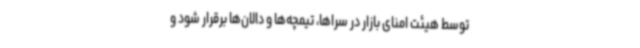
توسط هیئت امنای بازار در سراها، تیمچه‌ها و دالان‌ها برقرار شود و